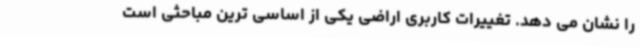
را نشان می دهد. تغییرات کاربری اراضی یکی از اساسی ترین مباحثی است